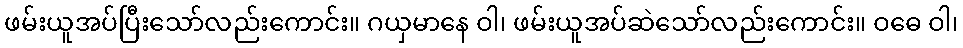
ဖမ်းယူအပ်ပြီးသော်လည်းကောင်း။ ဂယှမာနေ ဝါ၊ ဖမ်းယူအပ်ဆဲသော်လည်းကောင်း။ ဝဓေ ဝါ၊